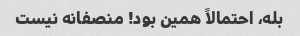
بله، احتمالاً همین بود! منصفانه نیست